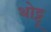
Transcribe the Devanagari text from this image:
थोट्टू